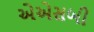
એએસબી